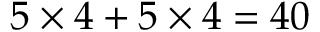
5 \times 4 + 5 \times 4 = 4 0